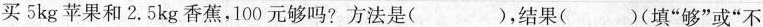
买5kg苹果和2.5kg香蕉，100元够吗?方法是( )，结果( )(填”够”或”不